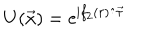
LaTeX: U ( \vec { x } ) = { \mathrm { e } } ^ { \mathrm { i } f _ { 2 } ( r ) \hat { \cdot } \vec { \tau } }